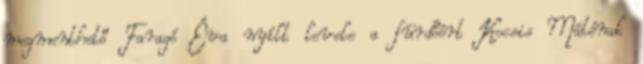
megmenthető Faragó Éva nyílt levele a fürdőért Kocsis Máténak